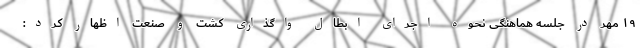
۱۹ مهر در جلسه هماهنگی نحوه اجرای ابطال واگذاری کشت و صنعت اظهار کرد: